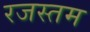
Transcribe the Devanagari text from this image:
रजस्तम